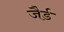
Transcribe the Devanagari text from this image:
जैर्ड